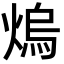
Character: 熓